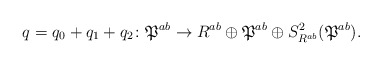
\begin{align*}q=q_0+q_1+q_2 \colon \mathfrak{P}^{ab} \to {R}^{ab} \oplus \mathfrak{P}^{ab} \oplus S^2_{{R}^{ab}}(\mathfrak{P}^{ab}). \end{align*}